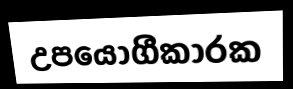
උපයෝගීකාරක